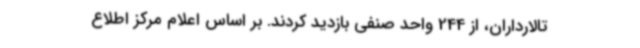
تالارداران، از 244 واحد صنفی بازدید کردند. بر اساس اعلام مرکز اطلاع